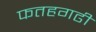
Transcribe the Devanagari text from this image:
फतहगढी